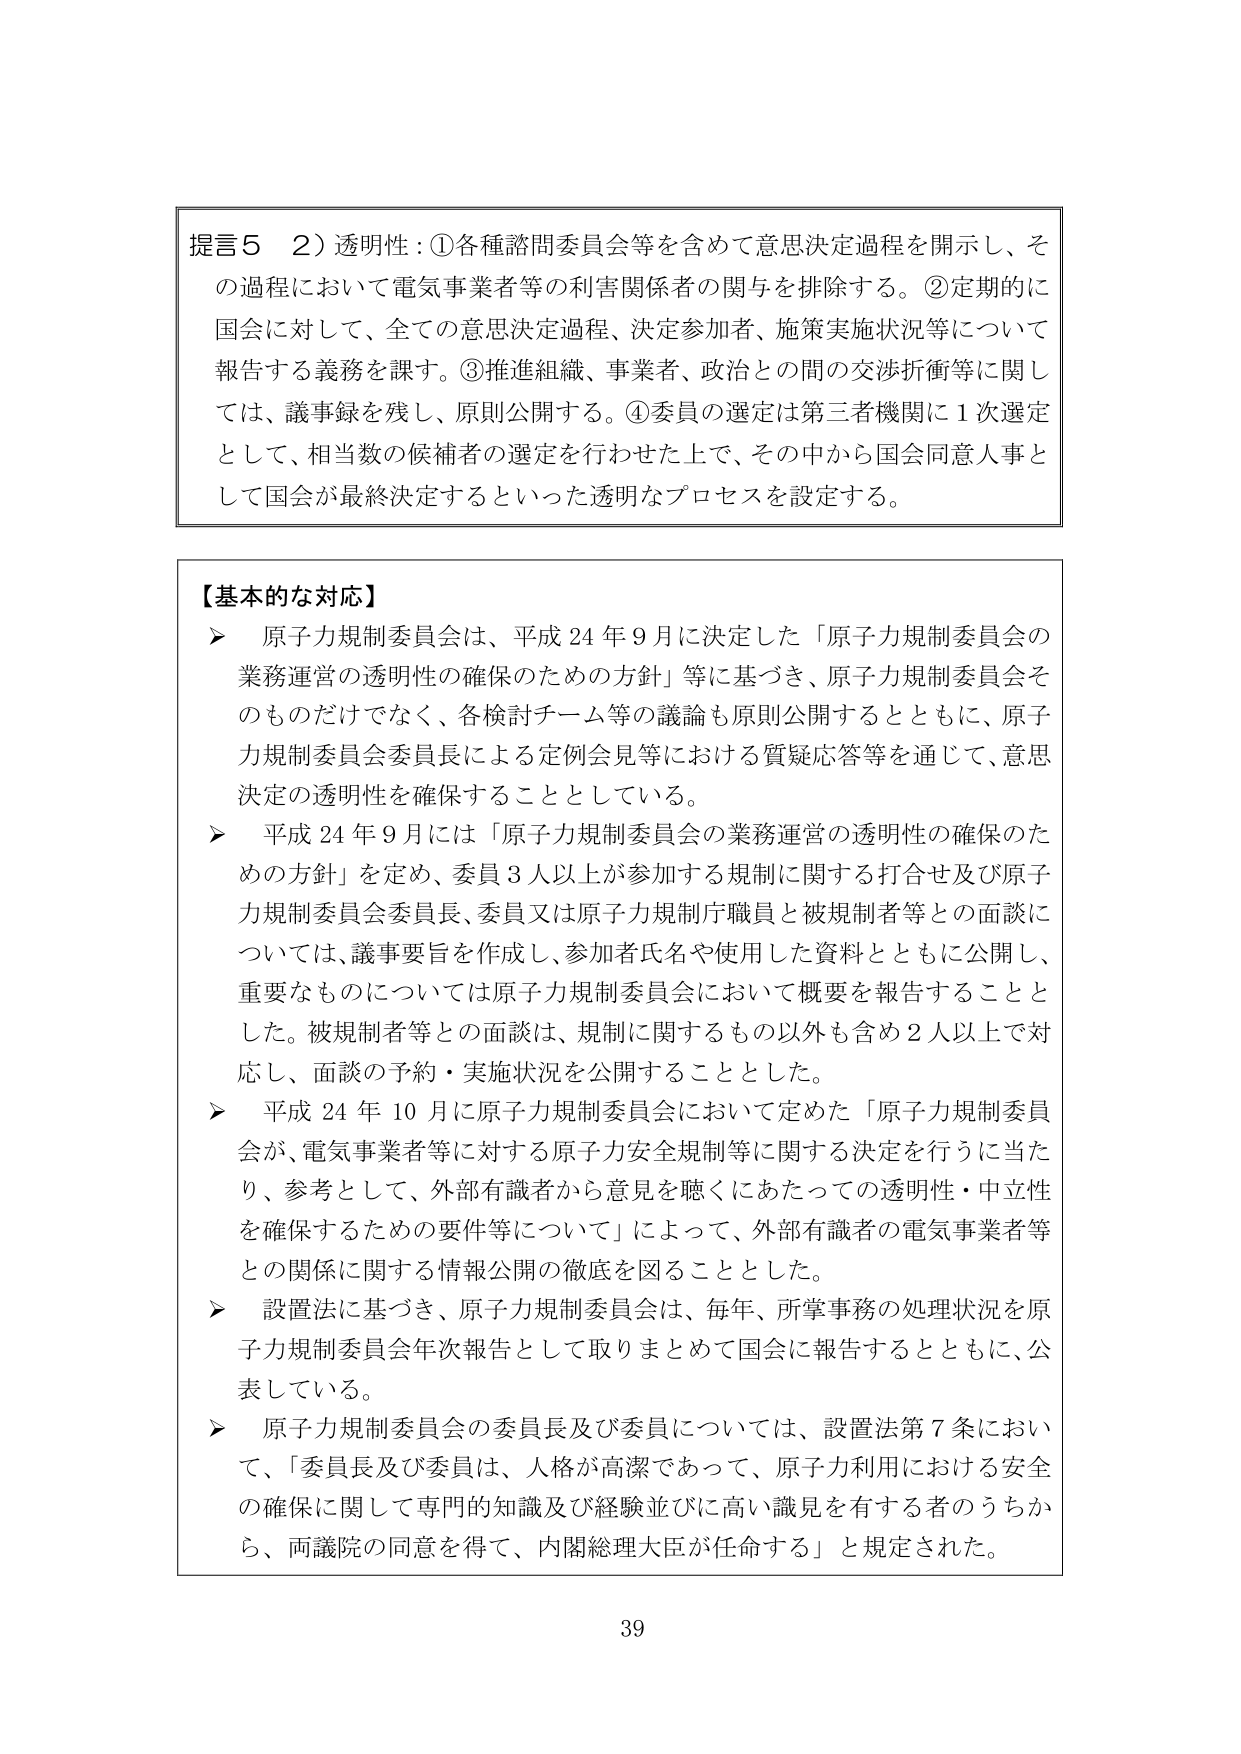
提言５　２）透明性：①各種諮問委員会等を含めて意思決定過程を開示し、その過程において電気事業者等の利害関係者の関与を排除する。②定期的に国会に対して、全ての意思決定過程、決定参加者、施策実施状況等について報告する義務を課す。③推進組織、事業者、政治との間の交渉折衝等に関しては、議事録を残し、原則公開する。④委員の選定は第三者機関に１次選定として、相当数の候補者の選定を行わせた上で、その中から国会同意人事として国会が最終決定するといった透明なプロセスを設定する。

【基本的な対応】
▶　原子力規制委員会は、平成24年9月に決定した「原子力規制委員会の業務運営の透明性の確保のための方針」等に基づき、原子力規制委員会そのものだけでなく、各検討チーム等の議論も原則公開するとともに、原子力規制委員会委員長による定例会見等における質疑応答等を通じて、意思決定の透明性を確保することとしている。
▶　平成24年9月には「原子力規制委員会の業務運営の透明性の確保のための方針」を定め、委員3人以上が参加する規制に関する打合せ及び原子力規制委員会委員長、委員又は原子力規制庁職員と被規制者等との面談については、議事要旨を作成し、参加者氏名や使用した資料とともに公開し、重要なものについては原子力規制委員会において概要を報告することとした。被規制者等との面談は、規制に関するもの以外も含め2人以上で対応し、面談の予約・実施状況を公開することとした。
▶　平成24年10月に原子力規制委員会において定めた「原子力規制委員会が、電気事業者等に対する原子力安全規制等に関する決定を行うに当たり、参考として、外部有識者から意見を聴くにあたっての透明性・中立性を確保するための要件等について」によって、外部有識者の電気事業者等との関係に関する情報公開の徹底を図ることとした。
▶　設置法に基づき、原子力規制委員会は、毎年、所掌事務の処理状況を原子力規制委員会年次報告として取りまとめて国会に報告するとともに、公表している。
▶　原子力規制委員会の委員長及び委員については、設置法第7条において、「委員長及び委員は、人格が高潔であって、原子力利用における安全の確保に関して専門的知識及び経験並びに高い識見を有する者のうちから、両議院の同意を得て、内閣総理大臣が任命する」と規定された。

39